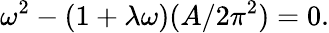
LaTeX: \omega^{2}-(1+\lambda\omega)(A/2\pi^{2})=0.